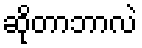
ဆိုတာဘာလဲ